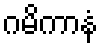
ဂမိကာနံ